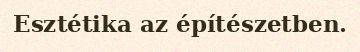
Esztétika az építészetben.